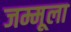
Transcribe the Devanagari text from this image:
जम्मूला